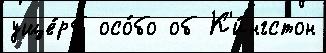
уще́рб осо́бо об К'и́нгстон